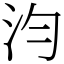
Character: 汮